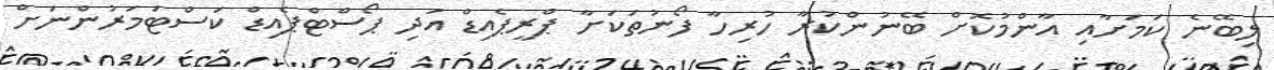
ލިބޭނެ ކަމަށާއި އާންމުކޮށް ބޭނުންކުރާ ހުރިހާ ފޯނުތަކަށާ ޕްރީޕެއިޑް އަދި ޕޯސްޓްޕެއިޑް ކަސްޓަމަރުންނަށް